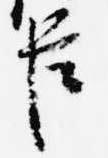
臣